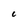
Character: 6